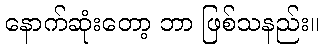
နောက်ဆုံးတော့ ဘာ ဖြစ်သနည်း။